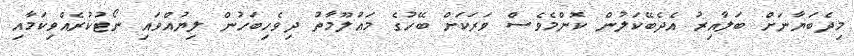
މިދެބަޔާނަށް ބަލާއިރު އެދެބޭކަލުން ކޮންމެވެސް ވަރަކަށް ބޭހުގެ މައުލޫމާތު ދިވެހިބަހުން ލިޔުއްވައި ނޯޓުކުރެއްވިކަމާއި